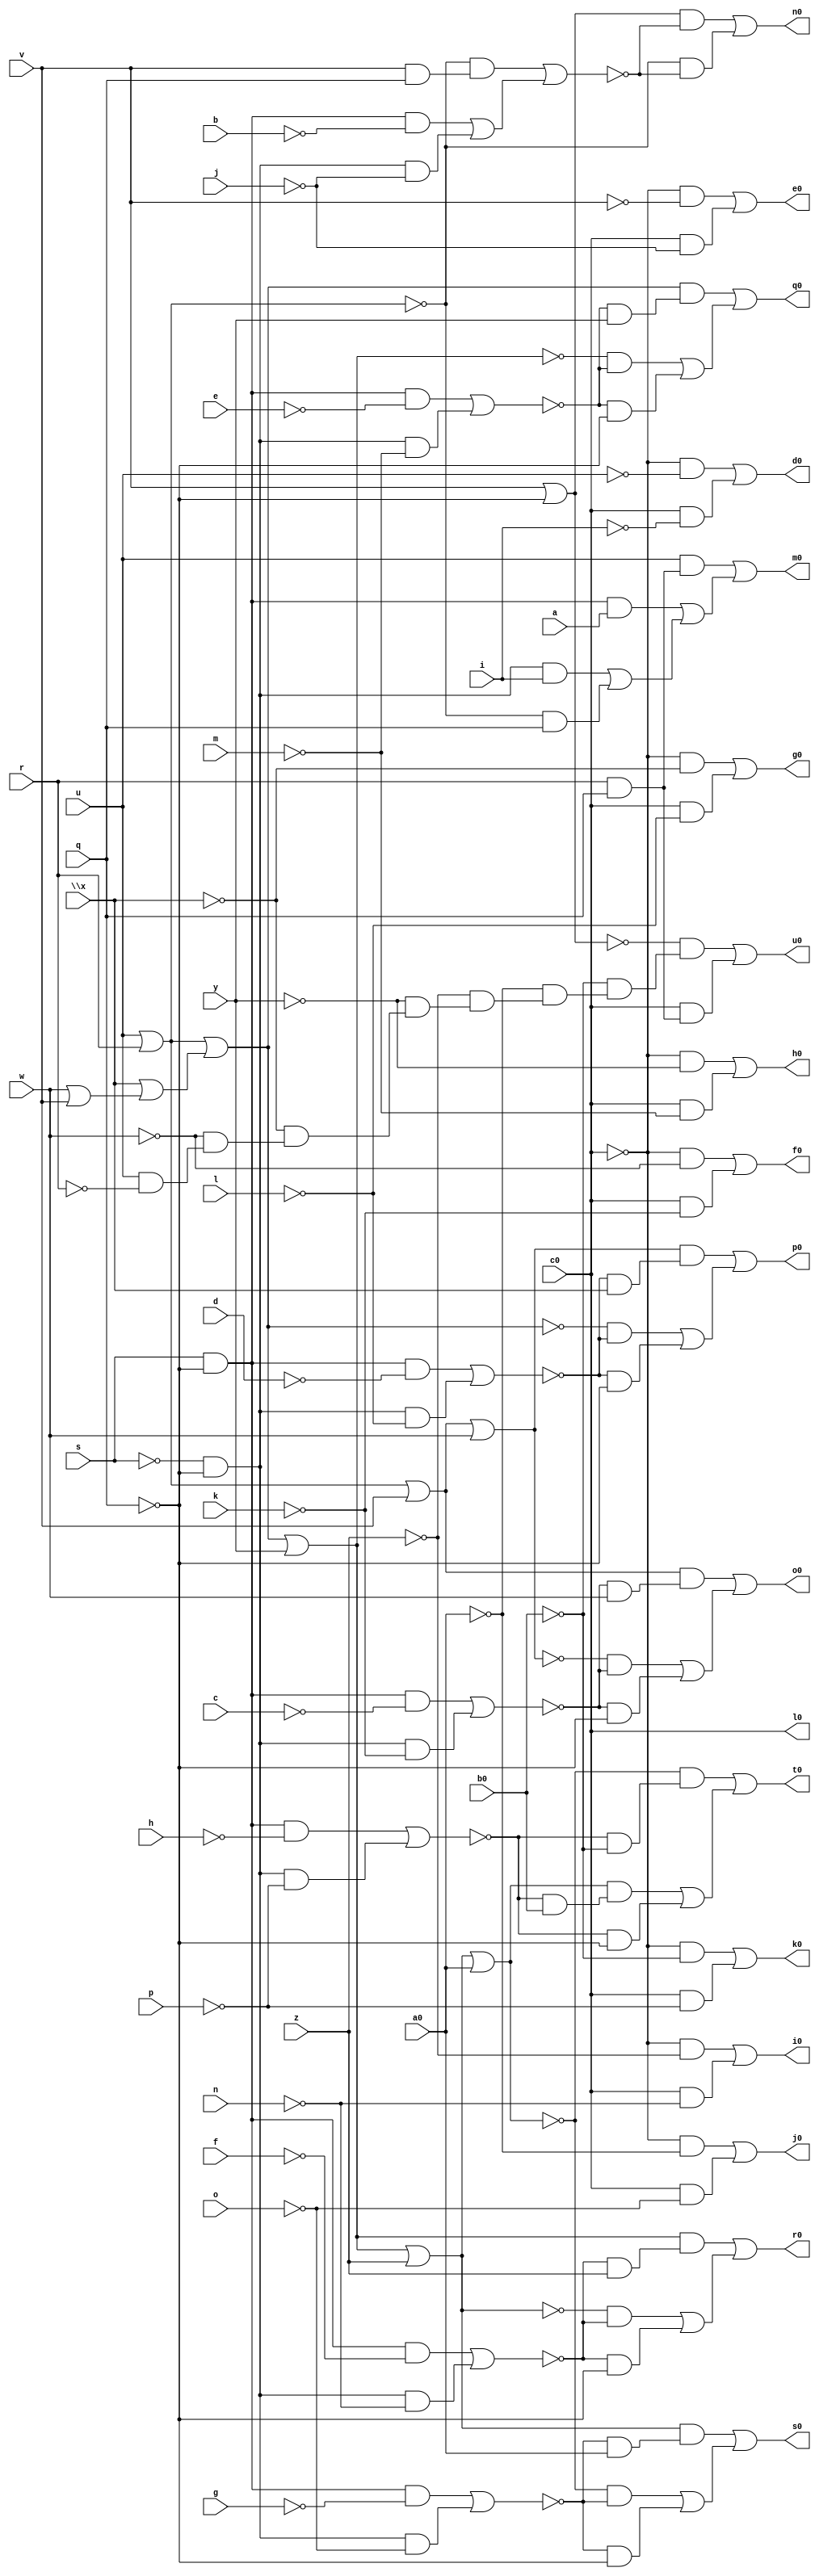
// IWLS benchmark module "c8" printed on Wed May 29 16:07:19 2002
module c8(a, b, c, d, e, f, g, h, i, j, k, l, m, n, o, p, q, r, s, u, v, w, \x , y, z, a0, b0, c0, d0, e0, f0, g0, h0, i0, j0, k0, l0, m0, n0, o0, p0, q0, r0, s0, t0, u0);
input
  a,
  b,
  c,
  d,
  e,
  f,
  g,
  h,
  i,
  j,
  k,
  l,
  m,
  n,
  o,
  p,
  q,
  r,
  s,
  u,
  v,
  w,
  \x ,
  y,
  z,
  a0,
  b0,
  c0;
output
  g0,
  h0,
  i0,
  j0,
  k0,
  l0,
  m0,
  n0,
  o0,
  p0,
  q0,
  r0,
  s0,
  t0,
  u0,
  d0,
  e0,
  f0;
wire
  \[26] ,
  h2,
  \[27] ,
  \[10] ,
  \[11] ,
  \[12] ,
  n2,
  \[13] ,
  \[14] ,
  \[0] ,
  \[15] ,
  \[1] ,
  \[16] ,
  \[2] ,
  \[17] ,
  \[3] ,
  \[18] ,
  t2,
  \[4] ,
  \[19] ,
  \[5] ,
  v1,
  \[6] ,
  \[7] ,
  \[9] ,
  z1,
  z2,
  \[20] ,
  \[21] ,
  \[22] ,
  d2,
  \[23] ,
  \[24] ,
  \[25] ;
assign
  g0 = \[3] ,
  \[26]  = \[24]  | w,
  h0 = \[4] ,
  h2 = (\[23]  & ~e) | (\[22]  & ~m),
  \[27]  = v | ~q,
  i0 = \[5] ,
  j0 = \[6] ,
  k0 = \[7] ,
  \[10]  = (\[27]  & ~v1) | (~\[20]  & ~v1),
  l0 = c0,
  \[11]  = (\[24]  & (~z1 & w)) | ((~\[26]  & ~z1) | (~z1 & ~q)),
  m0 = \[9] ,
  \[12]  = (\[26]  & (~d2 & \x )) | ((~\[18]  & ~d2) | (~d2 & ~q)),
  n0 = \[10] ,
  n2 = (\[23]  & ~f) | (\[22]  & ~n),
  \[13]  = (\[18]  & (~h2 & y)) | ((~\[19]  & ~h2) | (~h2 & ~q)),
  o0 = \[11] ,
  \[14]  = (\[19]  & (~n2 & z)) | ((~\[21]  & ~n2) | (~n2 & ~q)),
  p0 = \[12] ,
  \[0]  = (~c0 & ~u) | (c0 & ~i),
  \[15]  = (\[21]  & (~t2 & a0)) | ((~\[25]  & ~t2) | (~t2 & ~q)),
  q0 = \[13] ,
  \[1]  = (~c0 & ~v) | (c0 & ~j),
  \[16]  = (~\[25]  & (~z2 & ~b0)) | ((\[25]  & (~z2 & b0)) | (~z2 & ~q)),
  r0 = \[14] ,
  \[2]  = (~c0 & ~w) | (c0 & ~k),
  \[17]  = (~\[27]  & (~b0 & (~a0 & (~z & (~y & (~\x  & (~w & (u & ~r)))))))) | (c0 & (r & q)),
  s0 = \[15] ,
  \[3]  = (~c0 & ~\x ) | (c0 & ~l),
  \[18]  = \[20]  | (\x  | (w | v)),
  t0 = \[16] ,
  t2 = (\[23]  & ~g) | (\[22]  & ~o),
  \[4]  = (~c0 & ~y) | (c0 & ~m),
  \[19]  = \[18]  | y,
  u0 = \[17] ,
  \[5]  = (~c0 & ~z) | (c0 & ~n),
  v1 = (~\[20]  & (v & q)) | ((\[23]  & ~b) | (\[22]  & ~j)),
  \[6]  = (~c0 & ~a0) | (c0 & ~o),
  \[7]  = (~c0 & ~b0) | (c0 & ~p),
  \[9]  = (u & (r & q)) | ((\[23]  & a) | ((\[22]  & i) | (~\[20]  & q))),
  z1 = (\[23]  & ~c) | (\[22]  & ~k),
  z2 = (\[23]  & ~h) | (\[22]  & ~p),
  \[20]  = u | r,
  \[21]  = \[19]  | z,
  \[22]  = ~s & ~q,
  d0 = \[0] ,
  d2 = (\[23]  & ~d) | (\[22]  & ~l),
  \[23]  = s & ~q,
  e0 = \[1] ,
  \[24]  = \[20]  | v,
  f0 = \[2] ,
  \[25]  = \[21]  | a0;
endmodule